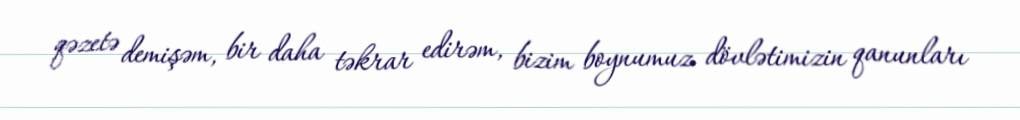
qəzetə demişəm, bir daha təkrar edirəm, bizim boynumuz dövlətimizin qanunları